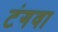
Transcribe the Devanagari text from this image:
टंगवा